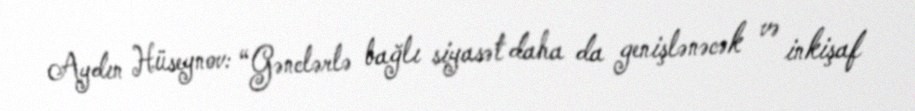
Aydın Hüseynov: “Gənclərlə bağlı siyasət daha da genişlənəcək və inkişaf